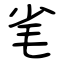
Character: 毟